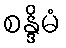
စန္ဒိမံ